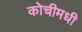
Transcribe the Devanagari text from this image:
कोचीमधी